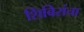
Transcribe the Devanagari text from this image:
शिबिरांचा